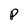
Character: p